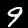
Digit: 9